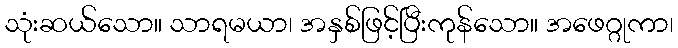
သုံးဆယ်သော။ သာရမယာ၊ အနှစ်ဖြင့်ပြီးကုန်သော။ အဖေဂ္ဂုကာ၊